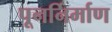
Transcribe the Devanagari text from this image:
पूनर्निर्माण